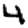
Digit: 4